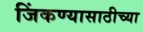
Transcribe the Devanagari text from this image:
जिंकण्यासाठीच्या